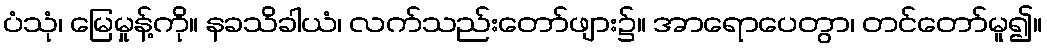
ပံသုံ၊ မြေမှုန့်ကို။ နခသိခါယံ၊ လက်သည်းတော်ဖျား၌။ အာရောပေတွာ၊ တင်တော်မူ၍။